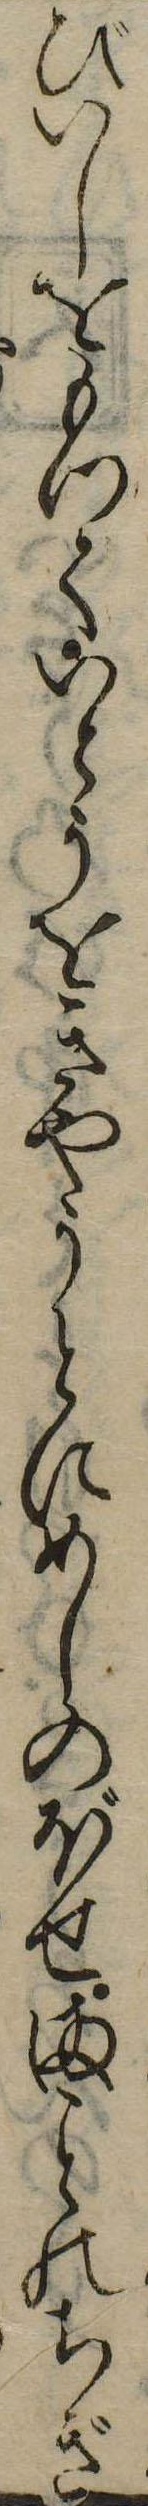
びいしをもつていとうをきやうとにめしのぼせまのちぎ